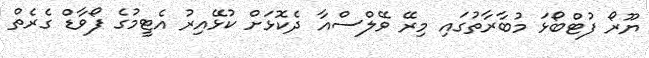
ޔޫރޯ ފުޓްބޯޅަ މުބާރާތުގައި މިރޭ ވޭލްސްއާ ދެކޮޅަށް ކުޅޭއިރު އެޓީމުގެ ފޯވާޑް ގެރެތް